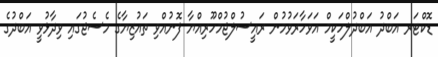
ޑޮކްޓަރ އަބްދު އަބްދުލްހަކީމް އަވަހާރަވުމުން ރައީސުލްޖުމްހޫރިއްޔާ ފޮނުއްވި ތައުޒިޔާގެ މެސެޖުގައި ވިދާޅުވީ އަބްދުގެ